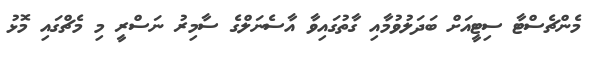
މެންޗެސްޓާ ސިޓީއަށް ބަދަލުވުމާއި ގާތުގައިވާ އާސެނަލްގެ ސާމިރު ނަސްރީ މި މެޗްގައި މޮޅު